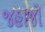
જહાજો